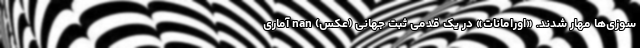
سوزی‌ها مهار شدند. «اورامانات» در یک قدمی ثبت جهانی (عکس) nan آماری